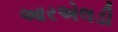
આરએલડી